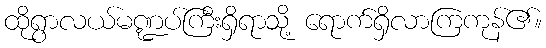
ထိုရွာလယ်မဏ္ဍပ်ကြီးရှိရာသို့ ရောက်ရှိလာကြကုန်၏။